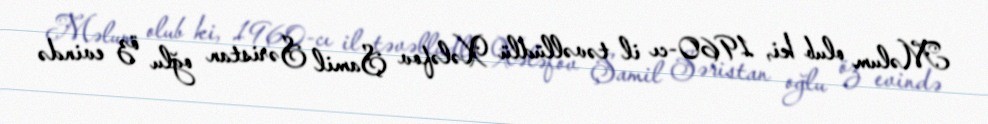
Məlum olub ki, 1960-cı il təvəllüdlü Xələfov Şamil Səristan oğlu öz evində